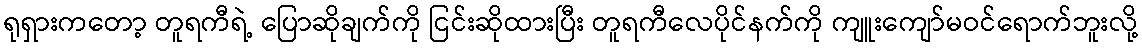
ရုရှားကတော့ တူရကီရဲ့ ပြောဆိုချက်ကို ငြင်းဆိုထားပြီး တူရကီလေပိုင်နက်ကို ကျူးကျော်မဝင်ရောက်ဘူးလို့